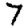
Digit: 7